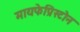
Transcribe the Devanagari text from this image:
मायफेप्रिस्टोन